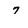
Character: 7